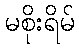
မစိုးရိမ်